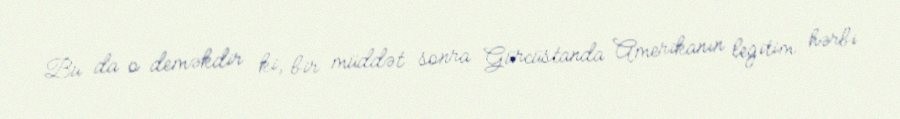
Bu da o deməkdir ki, bir müddət sonra Gürcüstanda Amerikanın legitim hərbi